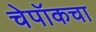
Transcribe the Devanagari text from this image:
चेपॉकचा